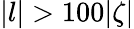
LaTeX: |l|>100|\zeta|